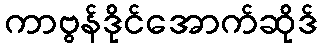
ကာဗွန်ဒိုင်အောက်ဆိုဒ်